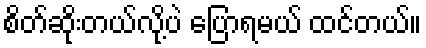
စိတ်ဆိုးတယ်လို့ပဲ ပြောရမယ် ထင်တယ်။